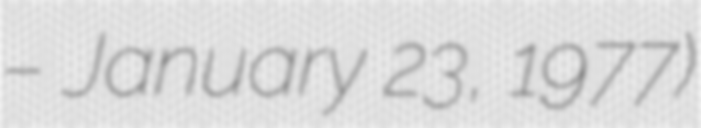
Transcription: – January 23, 1977)